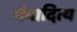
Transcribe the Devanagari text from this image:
गंगादित्य